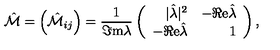
\hat { \cal M } = \left( \hat { \cal M } _ { i j } \right) = \frac { 1 } { \Im \mathrm { m } \lambda } \left( \begin{array} { r r } { | \hat { \lambda } | ^ { 2 } } & { - \Re \mathrm { e } \hat { \lambda } } \\ { - \Re \mathrm { e } \hat { \lambda } } & { 1 } \\ \end{array} \right) ,